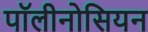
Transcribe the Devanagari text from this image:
पॉलीनोसियन